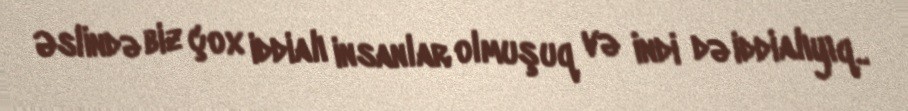
Əslində biz çox iddialı insanlar olmuşuq və indi də iddialıyıq..